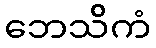
ဘေသိကံ